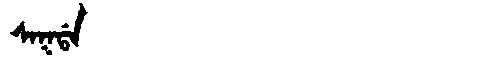
Manchu: ᠰᠠᡴᡩᠠ
Romanization: SAKDA